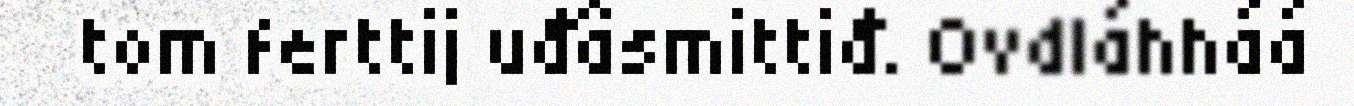
tom ferttij uđâsmittiđ. Ovdláhháá